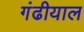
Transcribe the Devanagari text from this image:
गंढीयाल